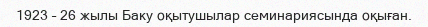
1923 – 26 жылы Баку оқытушылар семинариясында оқыған.